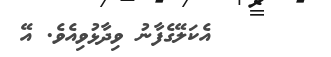
އެކަލޭގެފާނު ވިދާޅުވިއެވެ. އޭ